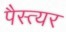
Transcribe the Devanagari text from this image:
पैस्त्यर